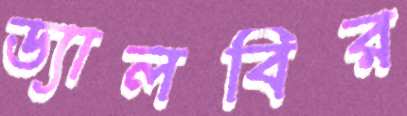
ড্যালবির